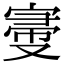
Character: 𡩠